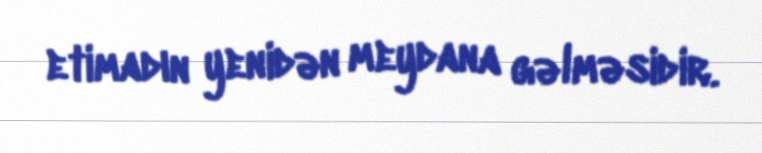
etimadın yenidən meydana gəlməsidir.